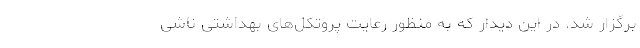
برگزار شد. در این دیدار که به منظور رعایت پروتکل‌های بهداشتی ناشی